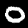
Label: 0